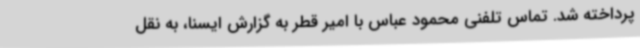
پرداخته شد. تماس تلفنی محمود عباس با امیر قطر به گزارش ایسنا، به نقل